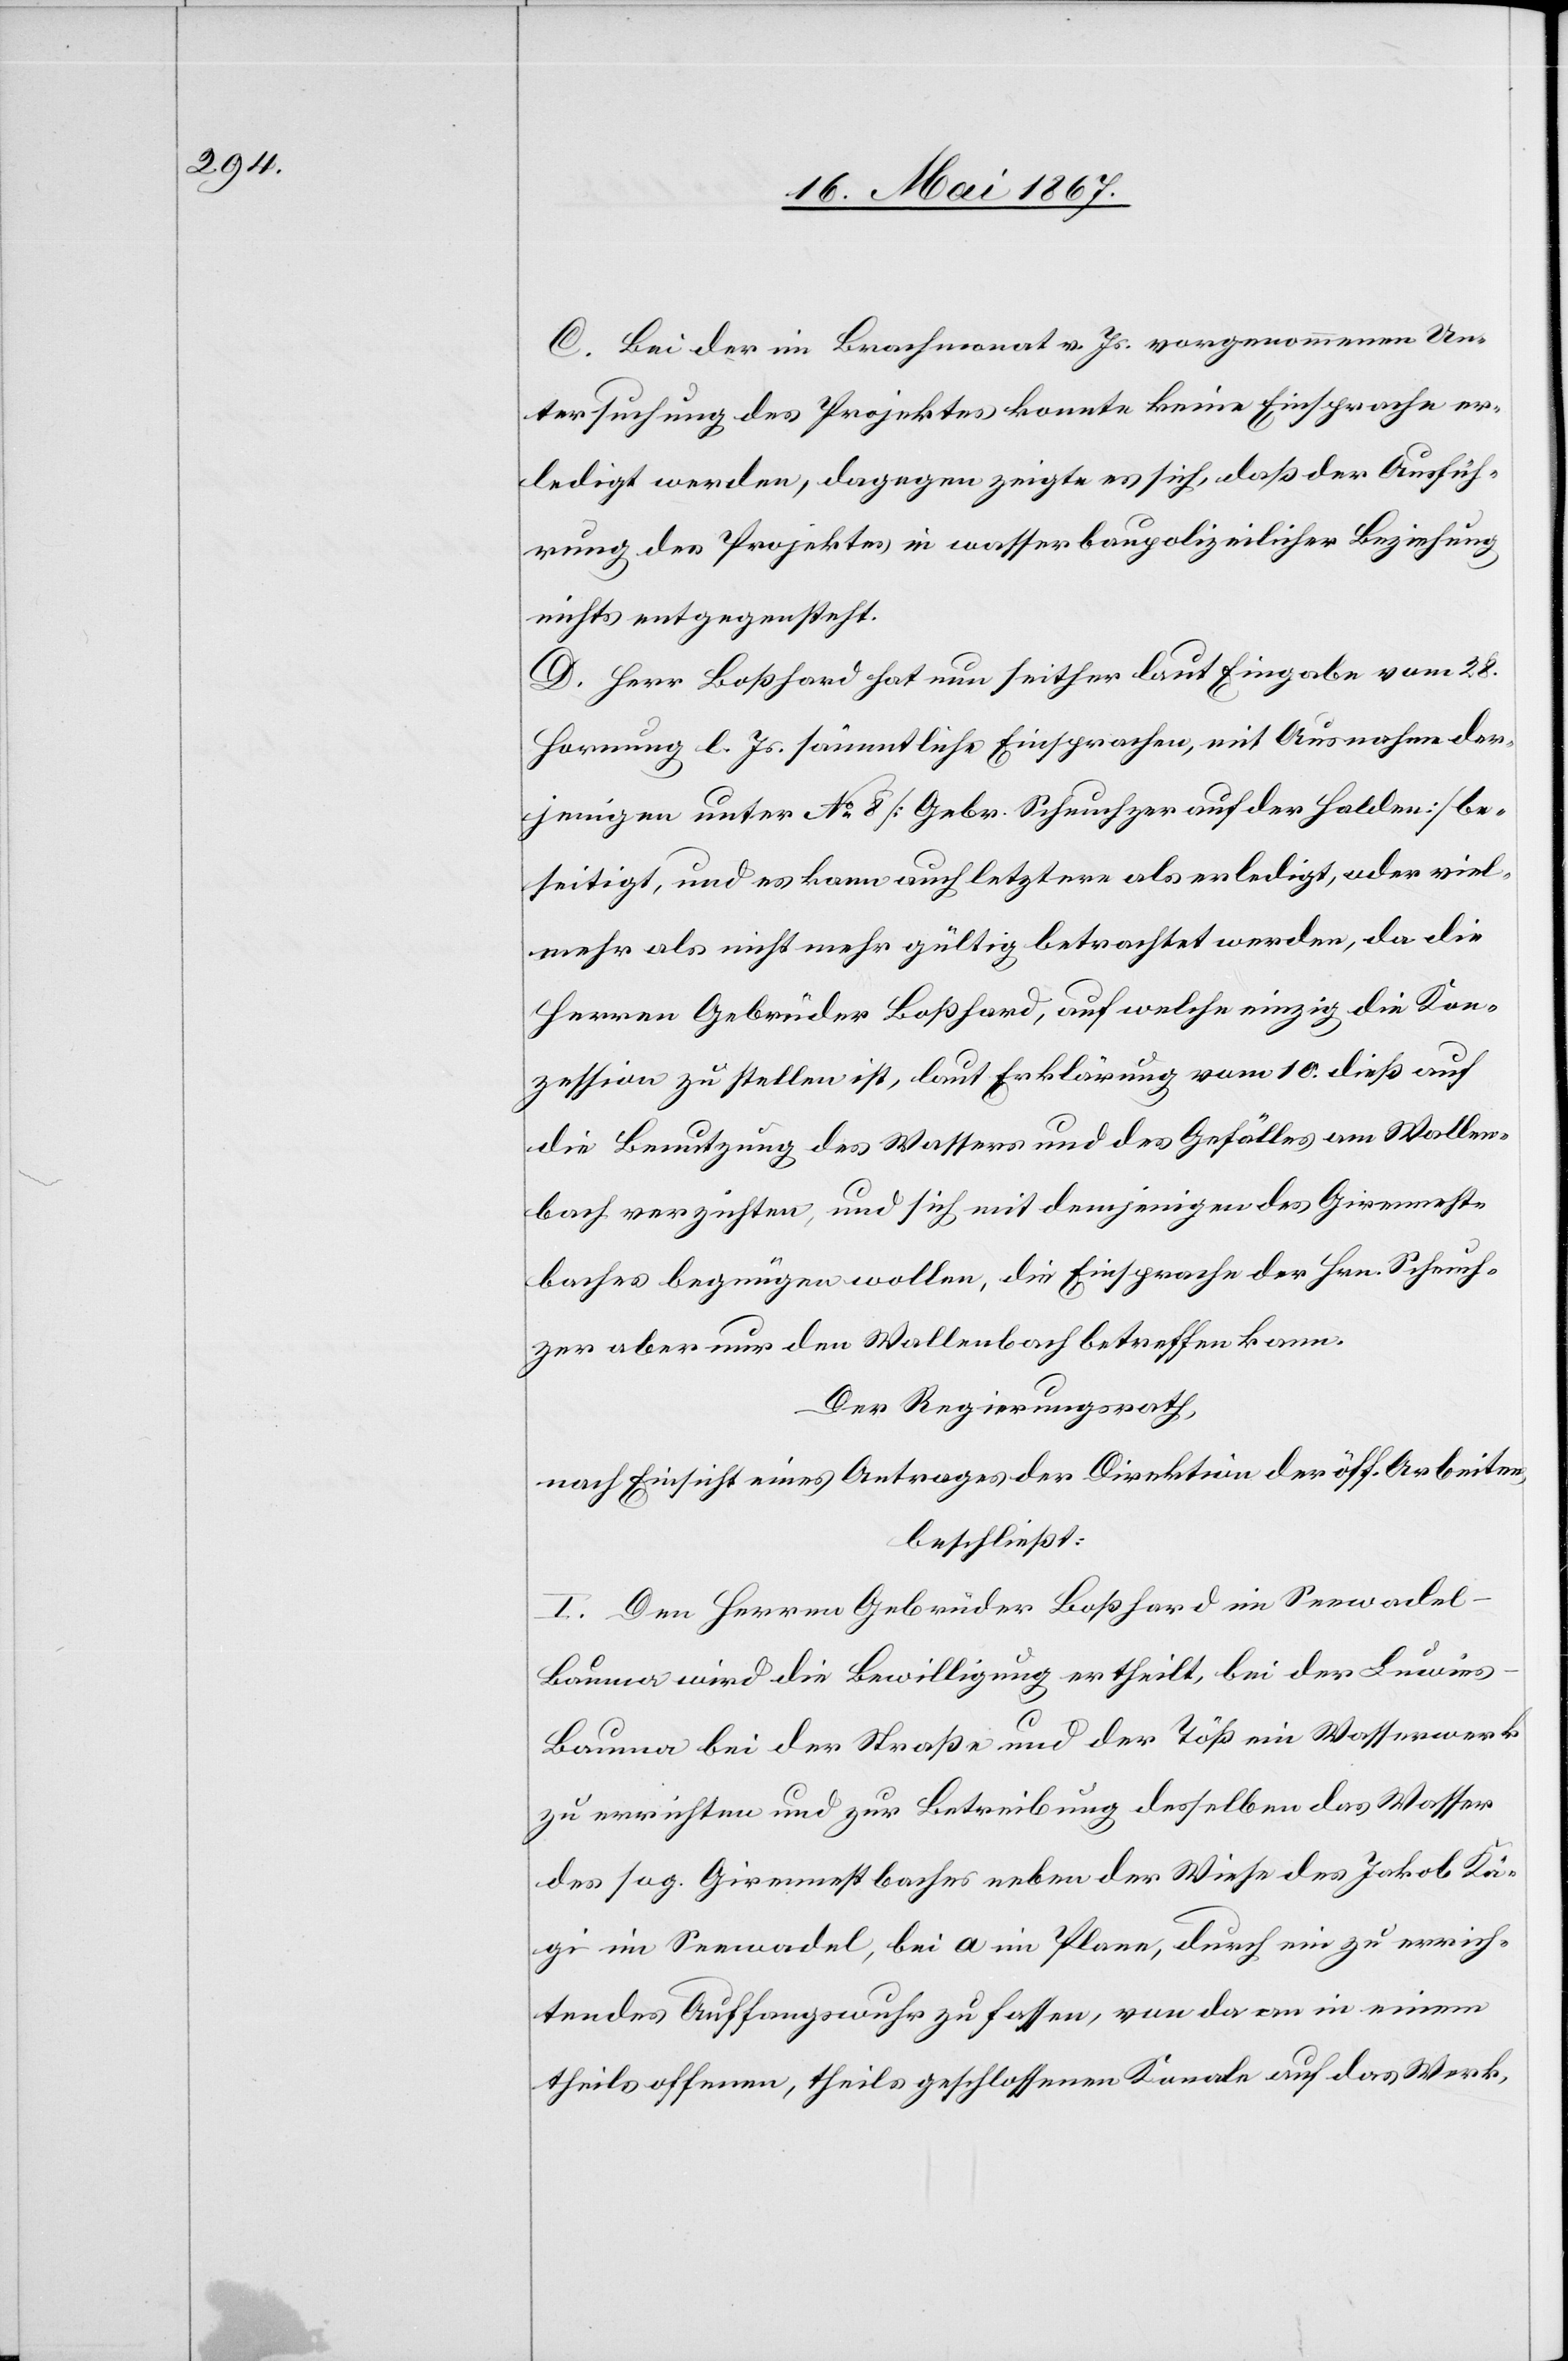
C. Bei der im Brachmonat v. Js. vorgenommenen Un¬
tersuchung des Projektes konnte keine Einsprache er¬
ledigt werden, dagegen zeigte es sich, daß der Ausfüh¬
rung des Projektes in wasserbaupolizeilicher Beziehung
nichts entgegensteht.
D. Herr Boßhard hat nun seither laut Eingabe vom 28.
Hornung l. Js. sämmtliche Einsprachen, mit Ausnahme der¬
jenigen unter No. 8 [Gebr. Scheuchzer auf der Halden] be¬
seitigt, und es kann auch letztere als erledigt, oder viel¬
mehr als nicht mehr gültig betrachtet werden, da die
Herren Gebrüder Boßhard, auf welche einzig die Kon¬
zession zu stellen ist, laut Erklärung vom 10. dieß auf
die Benutzung des Wassers und des Gefälls am Wallen¬
bach verzichten, und sich mit demjenigen des Girennest¬
baches begnügen wollen, die Einsprache der Hrn. Scheuch¬
zer aber nur den Wallenbach betreffen kann.
Der Regierungsrath,
nach Einsicht eines Antrages der Direktion der öff. Arbeiten,
beschließt:
I. Den Herren Gebrüder Boßhard im Seewadel-B¬
auma wird die Bewilligung ertheilt, bei der Luwie¬
s-Bauma bei der Straße und der Töß ein Wasserwerk
zu errichten und zur Betreibung desselben das Wasser
des sog. Girennestbaches neben der Wiese des Jakob Kä¬
gi im Seewadel, bei a im Plane, durch ein zu errich¬
tendes Auffangswuhr zu fassen, von da an in einem
theils offenen, theils geschlossenen Kanale auf das Werk,